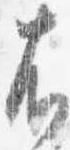
者